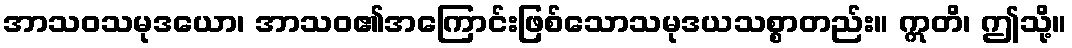
အာသဝသမုဒယော၊ အာသဝ၏အကြောင်းဖြစ်သောသမုဒယသစ္စာတည်း။ ဣတိ၊ ဤသို့။